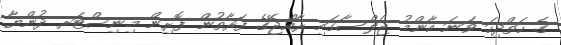
ގެ ހަތްދިހަ ވަނަ އާންމު ޖަލްސާގައި ރާއްޖޭގެ ފަރާތުން ފޮރިން މިނިސްޓަރ ދުންޔާ